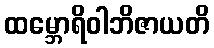
ထမ္ဘောရိဝါဘိဇာယတိ